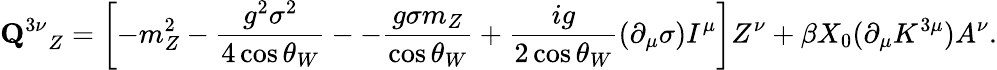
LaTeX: {{\mathbf Q}^{3\nu}}_{Z}=\left[-m_{Z}^{2}-\frac{g^{2}\sigma^{2}}{4\cos\theta_{W}}--\frac{g\sigma m_{Z}}{\cos\theta_{W}}+\frac{ig}{2\cos\theta_{W}}\left(\partial_{\mu}\sigma\right)I^{\mu}\right]Z^{\nu}+\beta X_{0}(\partial_{\mu}K^{3\mu})A^{\nu}.